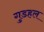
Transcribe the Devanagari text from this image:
गुडहल